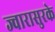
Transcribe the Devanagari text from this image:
ज्वारासुरके